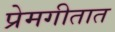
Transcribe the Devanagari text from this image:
प्रेमगीतात